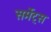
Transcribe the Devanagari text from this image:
सर्मेट्स